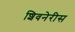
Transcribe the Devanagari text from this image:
शिवनेरीस